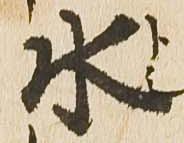
水